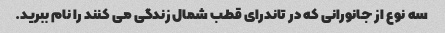
سه نوع از جانورانی که در تاندرای قطب شمال زندگی می کنند را نام ببرید.